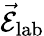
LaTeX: \vec{\mathcal{E}}_{\mathrm{lab}}